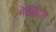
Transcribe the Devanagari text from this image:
मेलाइटस